Vaccination in the Punjab 1919-1929 - 1919-1929
Year: 1919
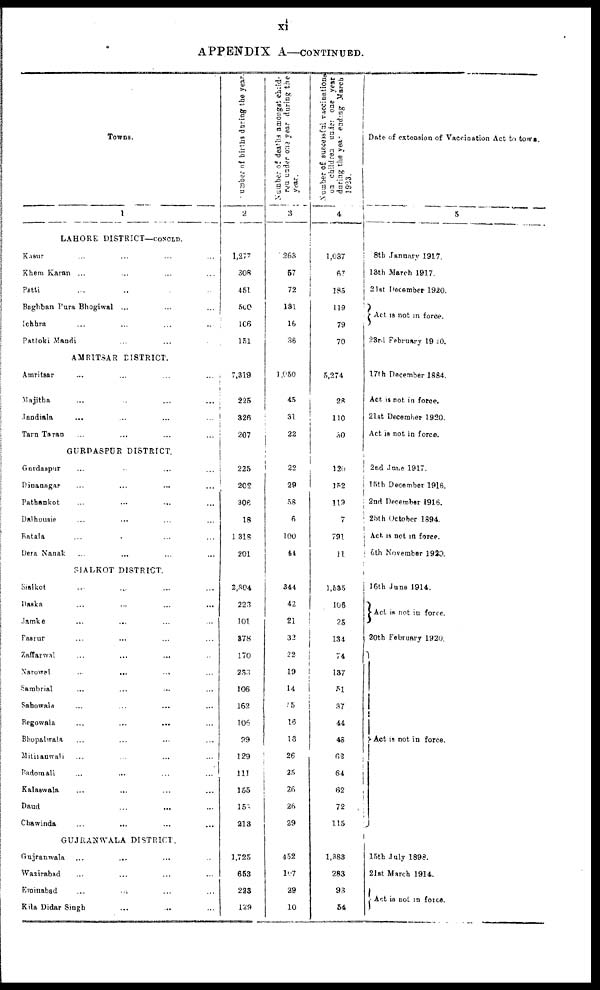
xi
APPENDIX A—CONTINUED.
Towns.
1
LAHORE DISTRICT—CONCLD.
Kasur ... ... ... ...
Khem Karan ... ... ... ...
Patti ... ... ... ...
Baghban Pura Bhogiwal ... ... ... ...
Ichhra ... ... ... ...
Pattoki Mandi ... ... ... ...
AMRITSAR DISTRICT.
Amritsar ... ... ... ...
Majitha ... ... ... ...
Jandiala ... ... ... ...
Tarn Taran ... ... ... ...
GURDASPUR DISTRICT.
Gurdaspur ... ... ... ...
Dinanagar ... ... ... ...
Pathankot ... ... ... ...
Dalhousie ... ... ... ...
Batala ... ... ... ...
Dera Nanak ... ... ... ...
SIALKOT DISTRICT.
Sialkot ... ... ... ...
Daska ... ... ... ...
Jamke ... ... ... ...
Pasrur ... ... ... ...
Zaffarwal
...
...
... ...
Narowal ... ... ... ...
Sambrial ... ... ... ...
Sahowala ... ... ... ...
Begowala ... ... ... ...
Bhopalwala ... ... ... ...
Mithanwali ... ... ... ...
Badomali ... ... ... ...
Kalaswala ... ... ... ...
Daud ... ... ... ...
Chawinda ... ... ... ...
GUJRANWALA DISTRICT.
Gujranwala ... ... ... ...
Wazirabad ... ... ... ...
Eminabad
...
...
...
...
Kila Didar Singh ... ... ... ...
Number
of births during the year.
2
1,277
308
451
500
106
151
7,319
225
326
207
225
202
306
18
1,318
201
2,804
223
101
878
170
233
106
162
106
99
129
111
155
158
213
1,725
653
223
129
Number of deaths amongst child¬
ren under one year during the
year.
3
263
57
72
131
16
36
1,050
45
31
22
22
29
58
6
100
44
344
42
21
32
22
19
14
25
16
18
26
25
26
26
29
452
107
29
10
Number of successful vaccinations
on children under one year
during the year ending March
1923.
4
1,037
67
185
119
79
70
5,274
28
110
30
120
152
119
7
791
11
1,535
106
25
134
74
137
51
37
44
43
62
64
62
72
115
1,383
283
93
54
Date of extension of Vaccination Act to town.
5
8th January 1917.
13th March 1917.
21st December 1920.
Act is not in force.
23rd February 1920.
17th December 1884.
Act is not in force.
21st December 1920.
Act is not in force.
2nd June 1917.
15th December 1916.
2nd December 1916.
25th October 1894.
Act is not in force.
6th November 1920.
16th June 1914.
Act is not in force.
20th February 1920.
Act is not in force.
15th July 1896.
21st March 1914.
Act is not in force.